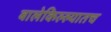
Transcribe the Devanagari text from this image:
बालेकिल्ल्यातच